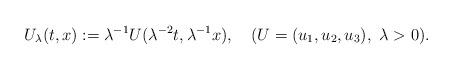
LaTeX: \begin{align*}U_{\lambda}(t,x):=\lambda^{-1}U(\lambda^{-2}t,\lambda^{-1}x),\ \ \ (U=(u_1,u_2,u_3),\ \lambda>0).\end{align*}